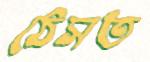
ঠেসত